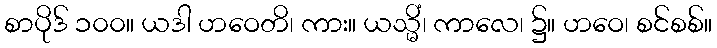
စာပိုဒ် ၁၀၀။ ယဒါ ဟဝေတိ၊ ကား။ ယသ္မိံ၊ ကာလေ၊ ၌။ ဟဝေ၊ စင်စစ်။